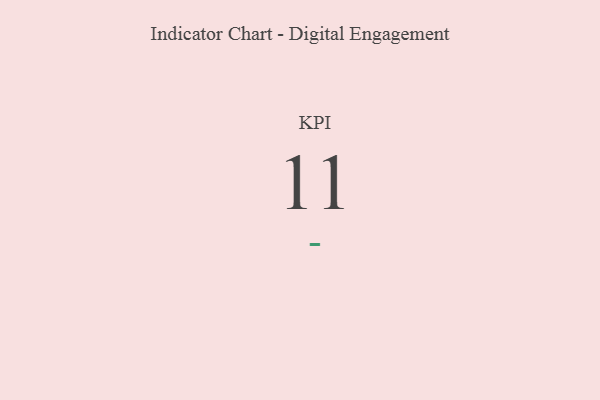
{"axis": {"x": "KPI", "y": "Value"}, "legend": [""], "data": [{"x": "KPI", "y": 11, "type": ""}]}